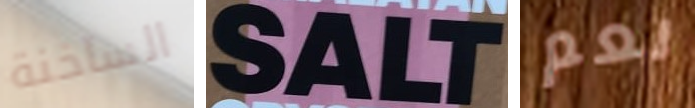
الساخنة SALT نعم